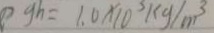
g h = 1 . 0 \times 1 0 ^ { 3 } k g / m ^ { 3 }